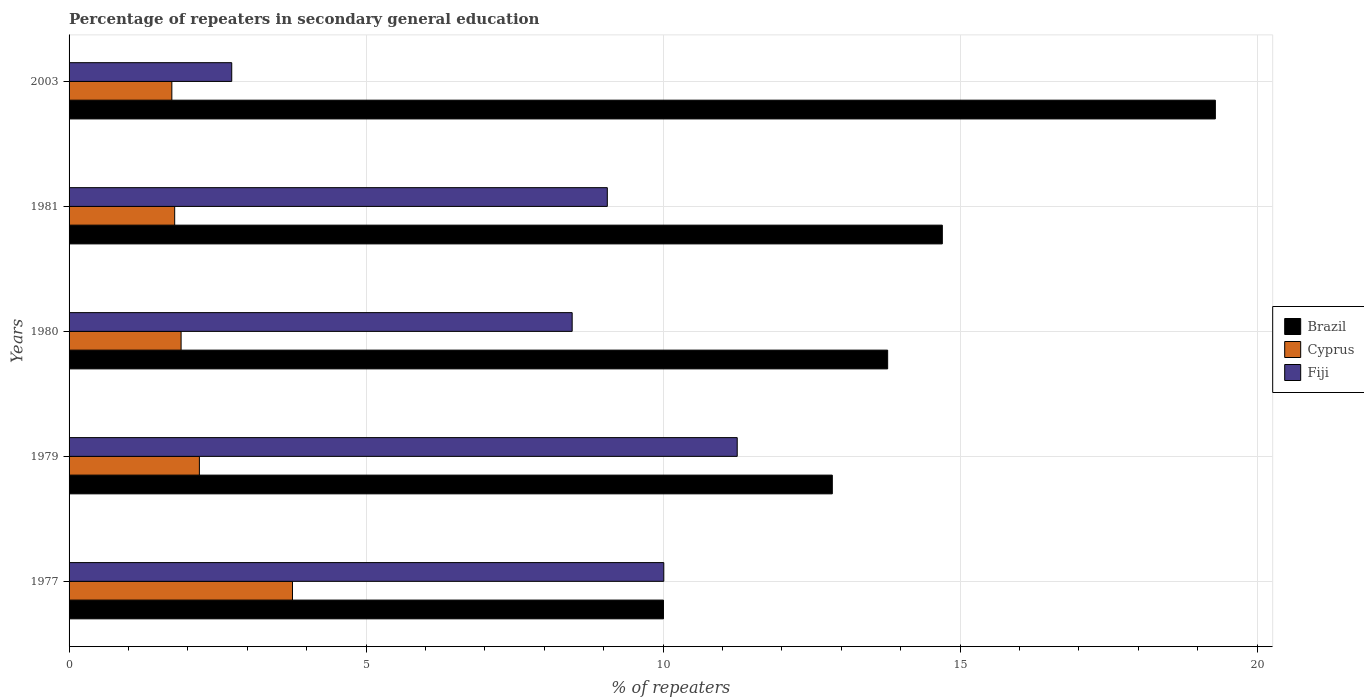
| Years | Brazil | Cyprus | Fiji |
 | --- | --- | --- | --- |
 | 1977 | 10 | 3.76 | 10 |
 | 1979 | 12.8 | 2.19 | 11.2 |
 | 1980 | 13.8 | 1.89 | 8.47 |
 | 1981 | 14.7 | 1.78 | 9.06 |
 | 2003 | 19.3 | 1.73 | 2.74 |